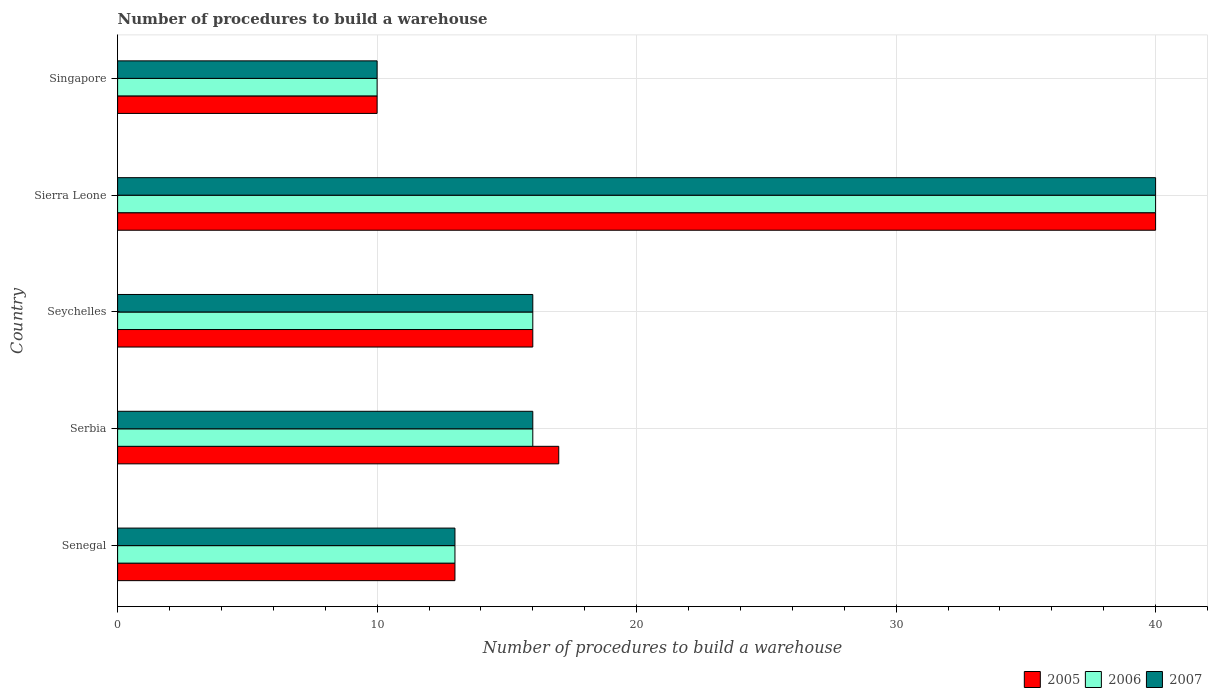
| Country | 2005 | 2006 | 2007 |
 | --- | --- | --- | --- |
 | Senegal | 13 | 13 | 13 |
 | Serbia | 17 | 16 | 16 |
 | Seychelles | 16 | 16 | 16 |
 | Sierra Leone | 40 | 40 | 40 |
 | Singapore | 10 | 10 | 10 |